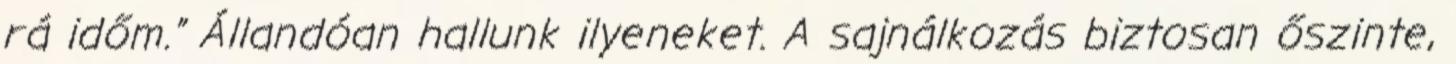
rá időm.” Állandóan hallunk ilyeneket. A sajnálkozás biztosan őszinte,